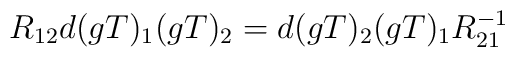
R_{12}d(gT)_{1}(gT)_{2}=d(gT)_{2}(gT)_{1}R_{21}^{-1}